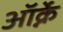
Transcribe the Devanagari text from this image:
ऑर्क्ने